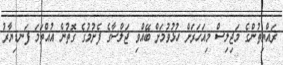
ރައްޔިތުންގެ މަޖިލިސް މިއަހަރަށް ހުޅުވުމަށް ބޭއްވި ޖަލްސާގެ ފެށުމުގެ ގޮތުން އުއްތަމަ ފަނޑިޔާރު